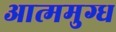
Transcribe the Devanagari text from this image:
आत्ममुग्ध